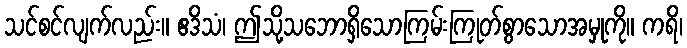
သင်စင်လျက်လည်း။ ဧဒိသံ၊ ဤသို့သဘောရှိသောကြမ်းကြုတ်စွာသောအမှုကို။ ကရိ၊